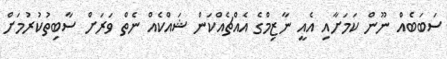
ސަބަބެއް ނޫން ކަމަށާއި އެއީ ނާޒިމްގެ އެއްޗެއްކަން ޝައްކެއް ނެތް ވަރަށް ސާބިތުކުރުމަށް